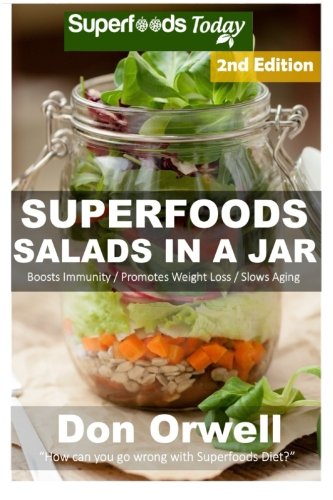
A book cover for Superfoods Salads In A Jar: 45+ Wheat Free Cooking, Heart Healthy Cooking, Quick & Easy Cooking, Low Cholesterol Cooking,Diabetic & Sugar-Free ... Foods Cooking-Mason Jar Salads) (Volume 94); Don Orwell; Cookbooks, Food & Wine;